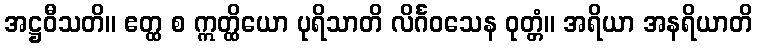
အဋ္ဌဝီသတိ။ ဧတ္ထ စ ဣတ္ထိယော ပုရိသာတိ လိင်္ဂဝသေန ဝုတ္တံ။ အရိယာ အနရိယာတိ